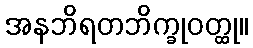
အနဘိရတဘိက္ခုဝတ္ထု။